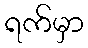
ရက်မှာ